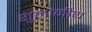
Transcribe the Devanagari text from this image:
शुलामीथ